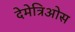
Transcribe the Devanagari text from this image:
देमेत्रिओस